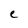
Character: C